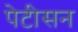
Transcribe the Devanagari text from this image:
पेटीसन